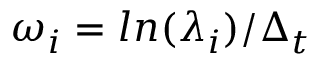
\omega _ { i } = l n ( \lambda _ { i } ) / \Delta _ { t }